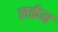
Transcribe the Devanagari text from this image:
लर्कन